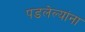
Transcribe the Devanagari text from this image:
पडलेल्यांना